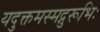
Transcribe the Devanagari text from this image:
यदुक्तमस्मद्गुरूभिः